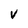
Character: V